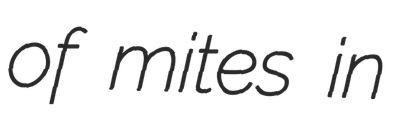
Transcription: of mites in